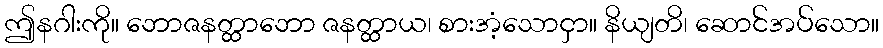
ဤနဂါးကို။ ဘောဇနတ္ထာဘော ဇနတ္ထာယ၊ စားအံ့သောငှာ။ နိယျတိ၊ ဆောင်အပ်သော။